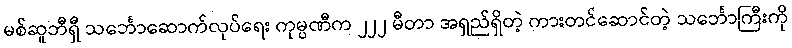
မစ်ဆူဘီရှီ သင်္ဘောဆောက်လုပ်ရေး ကုမ္ပဏီက ၂၂၂ မီတာ အရှည်ရှိတဲ့ ကားတင်ဆောင်တဲ့ သင်္ဘောကြီးကို